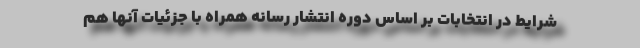
شرایط در انتخابات بر اساس دوره انتشار رسانه همراه با جزئیات آنها هم